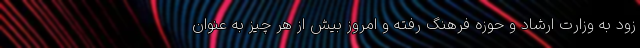
زود به وزارت ارشاد و حوزه فرهنگ رفته و امروز بیش از هر چیز به عنوان